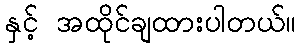
နှင့် အထိုင်ချထားပါတယ်။